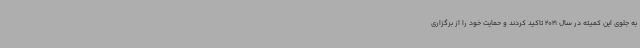
به جلوی این کمیته در سال 2021 تاکید کردند و حمایت خود را از برگزاری